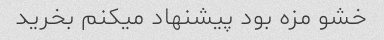
خشو مزه بود پیشنهاد میکنم بخرید